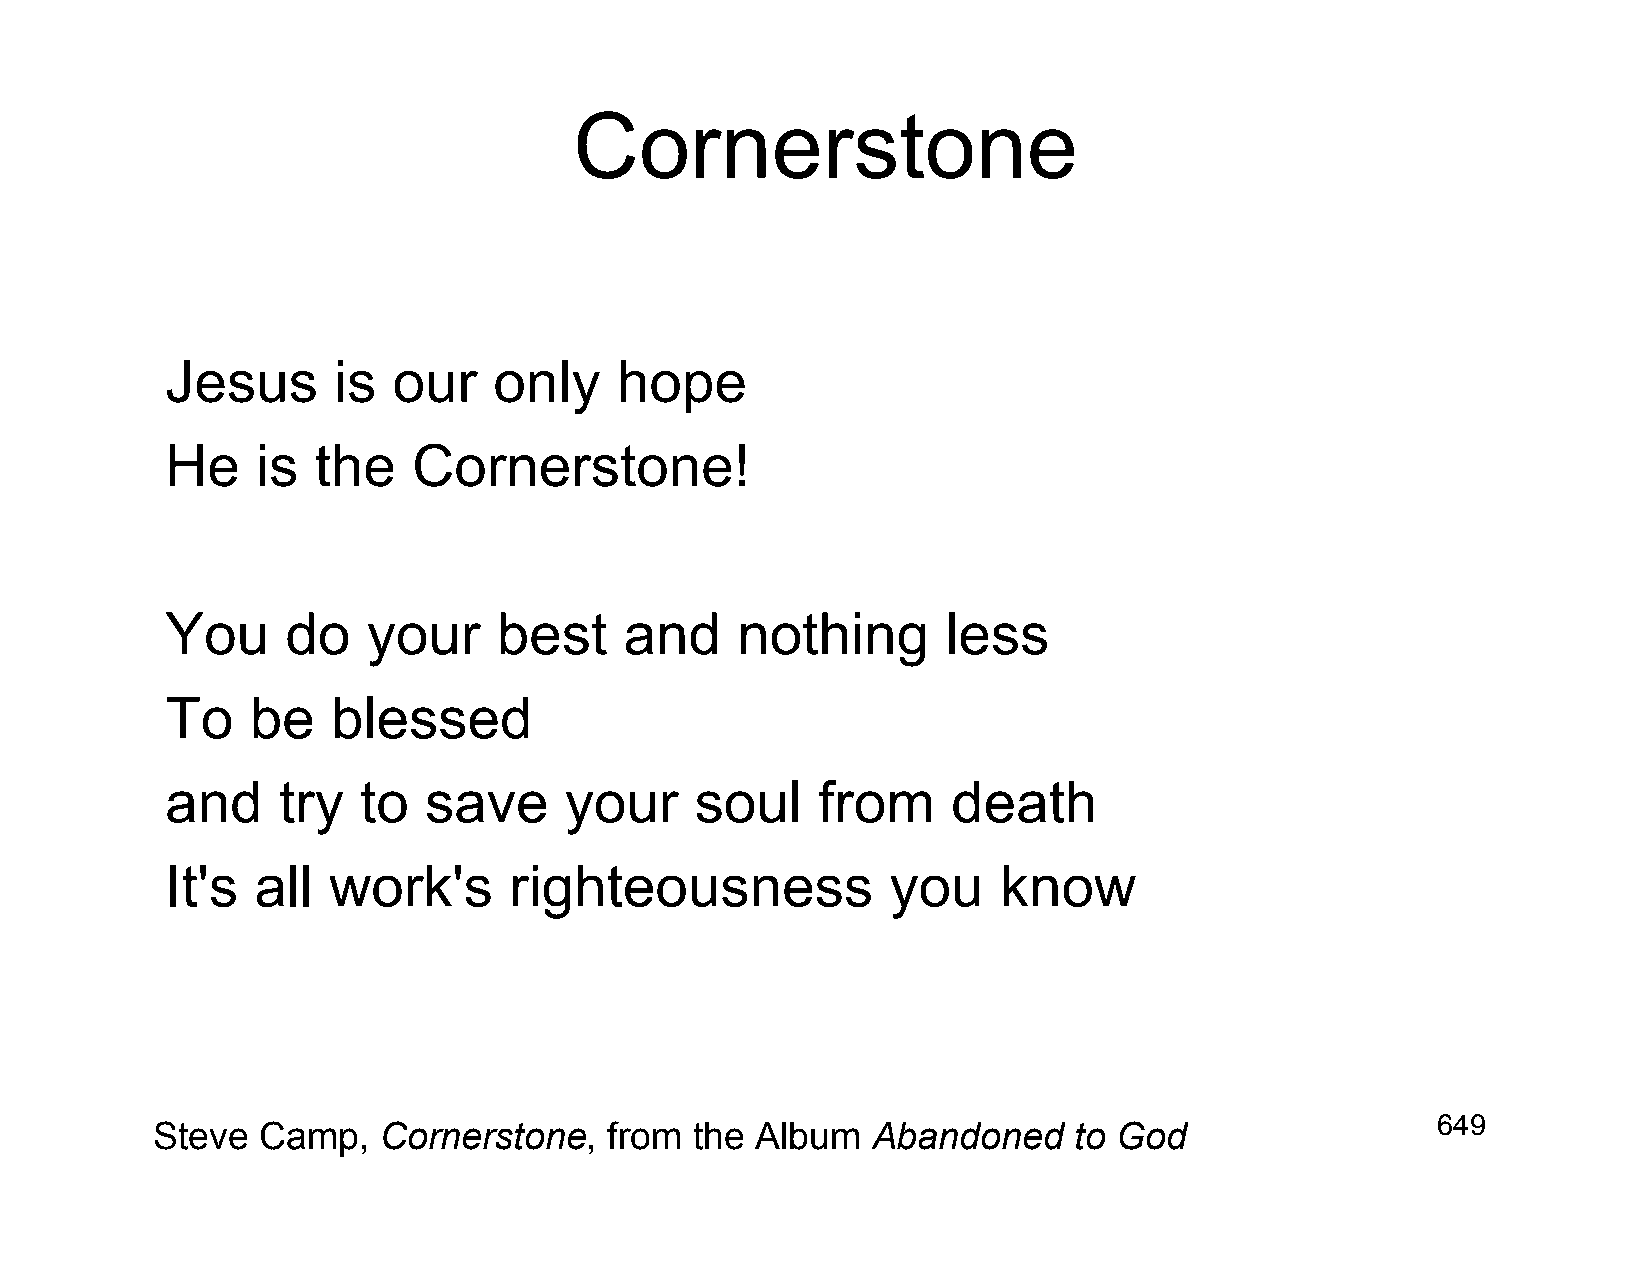
Cornerstone
 Jesus      is  our    only    hope
 He    is  the   Cornerstone!
 You     do   your     best    and     nothing       less
 To    be   blessed
 and    try   to  save     your     soul    from     death
 It's  all  work's      righteousness            you    know
 649
 Steve  Camp,   Cornerstone,   from  the Album   Abandoned    to God